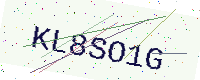
Text: KL8SO1G